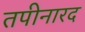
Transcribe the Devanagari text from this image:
तपीनारद